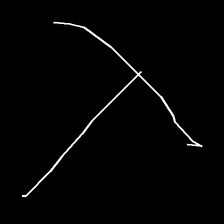
Glyph: column